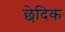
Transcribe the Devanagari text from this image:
छेदिक